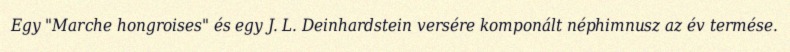
Egy "Marche hongroises" és egy J. L. Deinhardstein versére komponált néphimnusz az év termése.